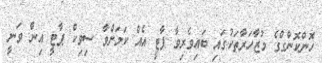
ހޮންކޮންގްގެ މުޒާހަރާތަކުގައި ބައިވެރިވާ ޕާޓީ އެއް ކަމަށްވާ ސިވިކް ޕާޓީ އިން ވަނީ